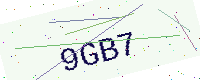
Text: 9GB7